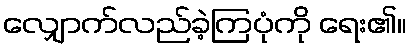
လျှောက်လည်ခဲ့ကြပုံကို ရေး၏။